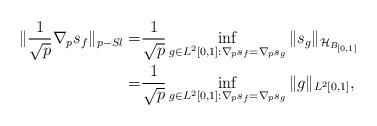
LaTeX: \begin{align*}\|\frac{1}{\sqrt{p}}\nabla_p s_{f}\|_{p-Sl} =& \frac{1}{\sqrt{p}}\inf_{g\in L^2[0,1]:\nabla_p s_{f}=\nabla_p s_{g}}\|s_g\|_{\mathcal{H}_{B_{[0,1]}}}\\=& \frac{1}{\sqrt{p}}\inf_{g\in L^2[0,1]:\nabla_p s_{f}=\nabla_p s_{g}}\|g\|_{L^2[0,1]},\end{align*}